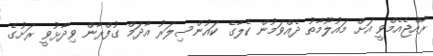
ރާއްޖެއެމްވީ އަށް މައުލޫމާތު ދެއްވަމުން ކެލާގެ ކައުންސިލަރު އާދަމް ގުފްރާން ވިދާޅުވީ ރަށުގެ